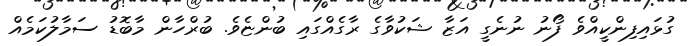
ގުޅައިފިންކީއްވެ ފޯނު ނުނެގީ އަޒާ ޝަކުވާގެ ރާގެއްގައި ބުންޏެވެ. ބުރްހާން މާބޮޑު ސަމާލުކަމެއް